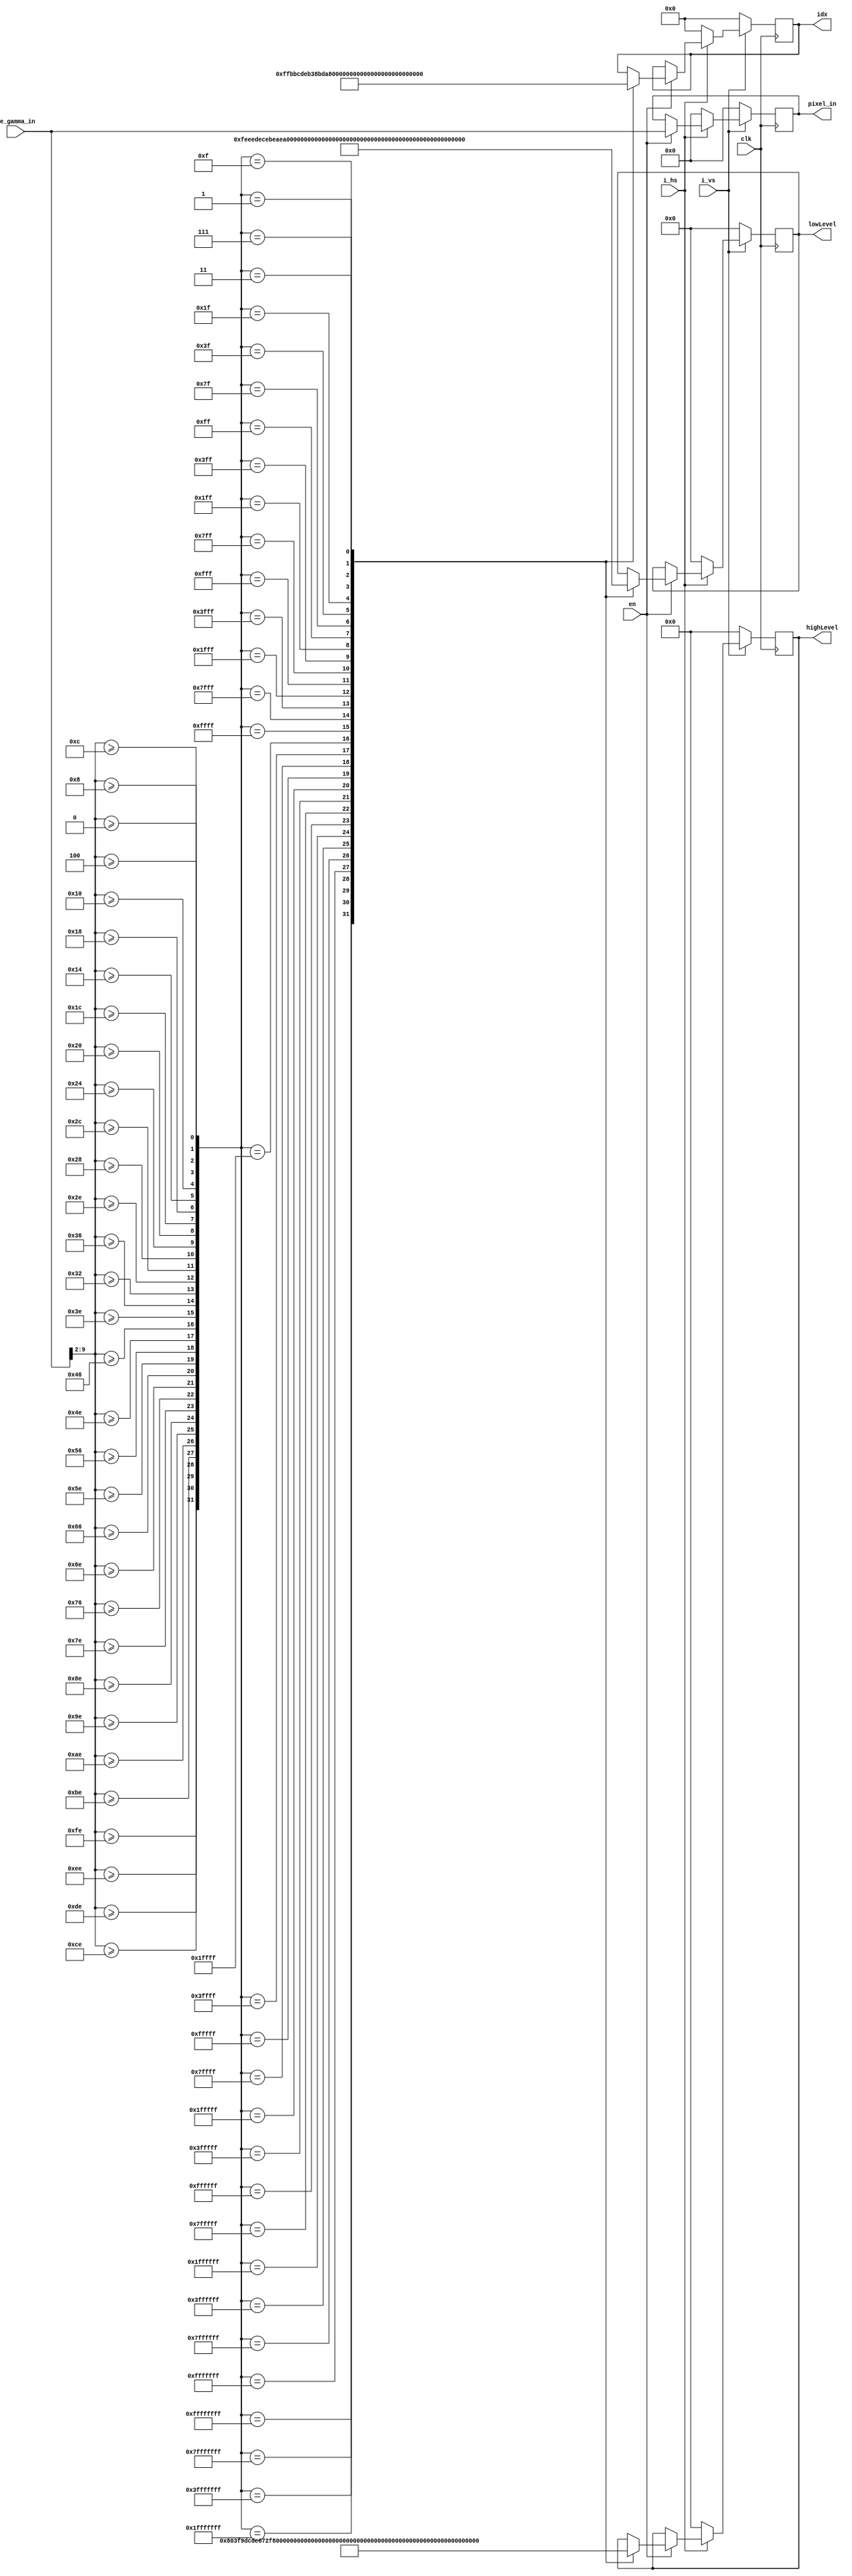
module search_idx_10bit (
    input clk,
    input i_hs,
    input i_vs,
    input en,
    input [9:0] re_gamma_in,
    output [4:0] idx,
    output [9:0] pixel_in,
    output [7:0] lowLevel,
    output [8:0] highLevel
);

parameter level_0 = 8'd0;
parameter level_1 = 8'd4;
parameter level_2 = 8'd8;
parameter level_3 = 8'd12;
parameter level_4 = 8'd16;
parameter level_5 = 8'd20;
parameter level_6 = 8'd24;
parameter level_7 = 8'd28;
parameter level_8 = 8'd32;
parameter level_9 = 8'd36;
parameter level_10 = 8'd40;
parameter level_11 = 8'd44;
parameter level_12 = 8'd46;
parameter level_13 = 8'd50;
parameter level_14 = 8'd54;
parameter level_15 = 8'd62;
parameter level_16 = 8'd70;
parameter level_17 = 8'd78;
parameter level_18 = 8'd86;
parameter level_19 = 8'd94;
parameter level_20 = 8'd102;
parameter level_21 = 8'd110;
parameter level_22 = 8'd118;
parameter level_23 = 8'd126;
parameter level_24 = 8'd142;
parameter level_25 = 8'd158;
parameter level_26 = 8'd174;
parameter level_27 = 8'd190;
parameter level_28 = 8'd206;
parameter level_29 = 8'd222;
parameter level_30 = 8'd238;
parameter level_31 = 8'd254;
parameter level_32 = 9'd256;

reg [4:0] idx_w, idx_r;
reg [7:0] lowLevel_w, lowLevel_r;
reg [8:0] highLevel_w, highLevel_r;
reg [9:0] pixel_in_r;

wire [31:0] mask;
wire [9:0] pixel_in_w;
wire [7:0] pixel_in_norm;
assign pixel_in_w = re_gamma_in;
assign pixel_in_norm = re_gamma_in[9:2];

assign mask[31] = pixel_in_norm >= level_31;
assign mask[30] = pixel_in_norm >= level_30;
assign mask[29] = pixel_in_norm >= level_29;
assign mask[28] = pixel_in_norm >= level_28;
assign mask[27] = pixel_in_norm >= level_27;
assign mask[26] = pixel_in_norm >= level_26;
assign mask[25] = pixel_in_norm >= level_25;
assign mask[24] = pixel_in_norm >= level_24;
assign mask[23] = pixel_in_norm >= level_23;
assign mask[22] = pixel_in_norm >= level_22;
assign mask[21] = pixel_in_norm >= level_21;
assign mask[20] = pixel_in_norm >= level_20;
assign mask[19] = pixel_in_norm >= level_19;
assign mask[18] = pixel_in_norm >= level_18;
assign mask[17] = pixel_in_norm >= level_17;
assign mask[16] = pixel_in_norm >= level_16;
assign mask[15] = pixel_in_norm >= level_15;
assign mask[14] = pixel_in_norm >= level_14;
assign mask[13] = pixel_in_norm >= level_13;
assign mask[12] = pixel_in_norm >= level_12;
assign mask[11] = pixel_in_norm >= level_11;
assign mask[10] = pixel_in_norm >= level_10;
assign mask[9] = pixel_in_norm >= level_9;
assign mask[8] = pixel_in_norm >= level_8;
assign mask[7] = pixel_in_norm >= level_7;
assign mask[6] = pixel_in_norm >= level_6;
assign mask[5] = pixel_in_norm >= level_5;
assign mask[4] = pixel_in_norm >= level_4;
assign mask[3] = pixel_in_norm >= level_3;
assign mask[2] = pixel_in_norm >= level_2;
assign mask[1] = pixel_in_norm >= level_1;
assign mask[0] = pixel_in_norm >= level_0;

assign idx = idx_r;
assign pixel_in = pixel_in_r;
assign lowLevel = lowLevel_r;
assign highLevel = highLevel_r;

always @(*) begin
    case (mask)
        32'hFFFFFFFF: begin
            idx_w = 31;
            highLevel_w = level_32;
            lowLevel_w = level_31;
        end
        32'h7FFFFFFF: begin
            idx_w = 30;
            highLevel_w = level_31;
            lowLevel_w = level_30;
        end 
        32'h3FFFFFFF: begin
            idx_w = 29;
            highLevel_w = level_30;
            lowLevel_w = level_29;
        end 
        32'h1FFFFFFF: begin
            idx_w = 28;
            highLevel_w = level_29;
            lowLevel_w = level_28;
        end 
        32'h0FFFFFFF: begin
            idx_w = 27;
            highLevel_w = level_28;
            lowLevel_w = level_27;
        end 
        32'h07FFFFFF: begin
            idx_w = 26;
            highLevel_w = level_27;
            lowLevel_w = level_26;
        end 
        32'h03FFFFFF: begin
            idx_w = 25;
            highLevel_w = level_26;
            lowLevel_w = level_25;
        end 
        32'h01FFFFFF: begin
            idx_w = 24;
            highLevel_w = level_25;
            lowLevel_w = level_24;
        end 
        32'h00FFFFFF: begin
            idx_w = 23;
            highLevel_w = level_24;
            lowLevel_w = level_23;
        end 
        32'h007FFFFF: begin
            idx_w = 22;
            highLevel_w = level_23;
            lowLevel_w = level_22;
        end 
        32'h003FFFFF: begin
            idx_w = 21;
            highLevel_w = level_22;
            lowLevel_w = level_21;
        end 
        32'h001FFFFF: begin
            idx_w = 20;
            highLevel_w = level_21;
            lowLevel_w = level_20;
        end 
        32'h000FFFFF: begin
            idx_w = 19;
            highLevel_w = level_20;
            lowLevel_w = level_19;
        end 
        32'h0007FFFF: begin
            idx_w = 18;
            highLevel_w = level_19;
            lowLevel_w = level_18;
        end 
        32'h0003FFFF: begin
            idx_w = 17;
            highLevel_w = level_18;
            lowLevel_w = level_17;
        end 
        32'h0001FFFF: begin
            idx_w = 16;
            highLevel_w = level_17;
            lowLevel_w = level_16;
        end 
        32'h0000FFFF: begin
            idx_w = 15;
            highLevel_w = level_16;
            lowLevel_w = level_15;
        end 
        32'h00007FFF: begin
            idx_w = 14;
            highLevel_w = level_15;
            lowLevel_w = level_14;
        end 
        32'h00003FFF: begin
            idx_w = 13;
            highLevel_w = level_14;
            lowLevel_w = level_13;
        end 
        32'h00001FFF: begin
            idx_w = 12;
            highLevel_w = level_13;
            lowLevel_w = level_12;
        end 
        32'h00000FFF: begin
            idx_w = 11;
            highLevel_w = level_12;
            lowLevel_w = level_11;
        end 
        32'h000007FF: begin
            idx_w = 10;
            highLevel_w = level_11;
            lowLevel_w = level_10;
        end 
        32'h000003FF: begin
            idx_w = 9;
            highLevel_w = level_10;
            lowLevel_w = level_9;
        end 
        32'h000001FF: begin
            idx_w = 8;
            highLevel_w = level_9;
            lowLevel_w = level_8;
        end 
        32'h000000FF: begin
            idx_w = 7;
            highLevel_w = level_8;
            lowLevel_w = level_7;
        end 
        32'h0000007F: begin
            idx_w = 6;
            highLevel_w = level_7;
            lowLevel_w = level_6;
        end 
        32'h0000003F: begin
            idx_w = 5;
            highLevel_w = level_6;
            lowLevel_w = level_5;
        end 
        32'h0000001F: begin
            idx_w = 4;
            highLevel_w = level_5;
            lowLevel_w = level_4;
        end 
        32'h0000000F: begin
            idx_w = 3;
            highLevel_w = level_4;
            lowLevel_w = level_3;
        end 
        32'h00000007: begin
            idx_w = 2;
            highLevel_w = level_3;
            lowLevel_w = level_2;
        end 
        32'h00000003: begin
            idx_w = 1;
            highLevel_w = level_2;
            lowLevel_w = level_1;
        end 
        32'h00000001: begin
            idx_w = 0;
            highLevel_w = level_1;
            lowLevel_w = level_0;
        end 
        default: begin
            idx_w = idx_r;
            highLevel_w = highLevel_r;
            lowLevel_w = lowLevel_r;
        end
    endcase
end

always @(posedge clk) begin
//    if(!rst_n)begin
//        idx_r <= 0;
//        lowLevel_r <= 0;
//        highLevel_r <= 0;
//        pixel_in_r <= 0;
//    end
//    else 
    if(!i_vs)begin
    	idx_r <= 0;
        lowLevel_r <= 0;
        highLevel_r <= 0;
        pixel_in_r <= 0;
    end
    else if(!i_hs)begin
    	idx_r <= 0;
        lowLevel_r <= 0;
        highLevel_r <= 0;
        pixel_in_r <= 0;
    end
    else begin
        if(en)begin
            idx_r <= idx_w;
            lowLevel_r <= lowLevel_w;
            highLevel_r <= highLevel_w;
            pixel_in_r <= pixel_in_w;
        end
    end
end
    
endmodule